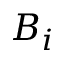
B _ { i }